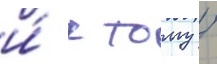
и́ к тому /